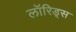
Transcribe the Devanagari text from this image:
लॉरिड्स